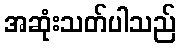
အဆုံးသတ်ပါသည်